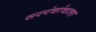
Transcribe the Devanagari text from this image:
सरपंचांचाला